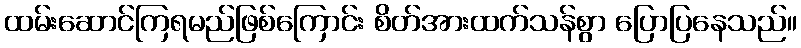
ထမ်းဆောင်ကြရမည်ဖြစ်ကြောင်း စိတ်အားထက်သန်စွာ ပြောပြနေသည်။